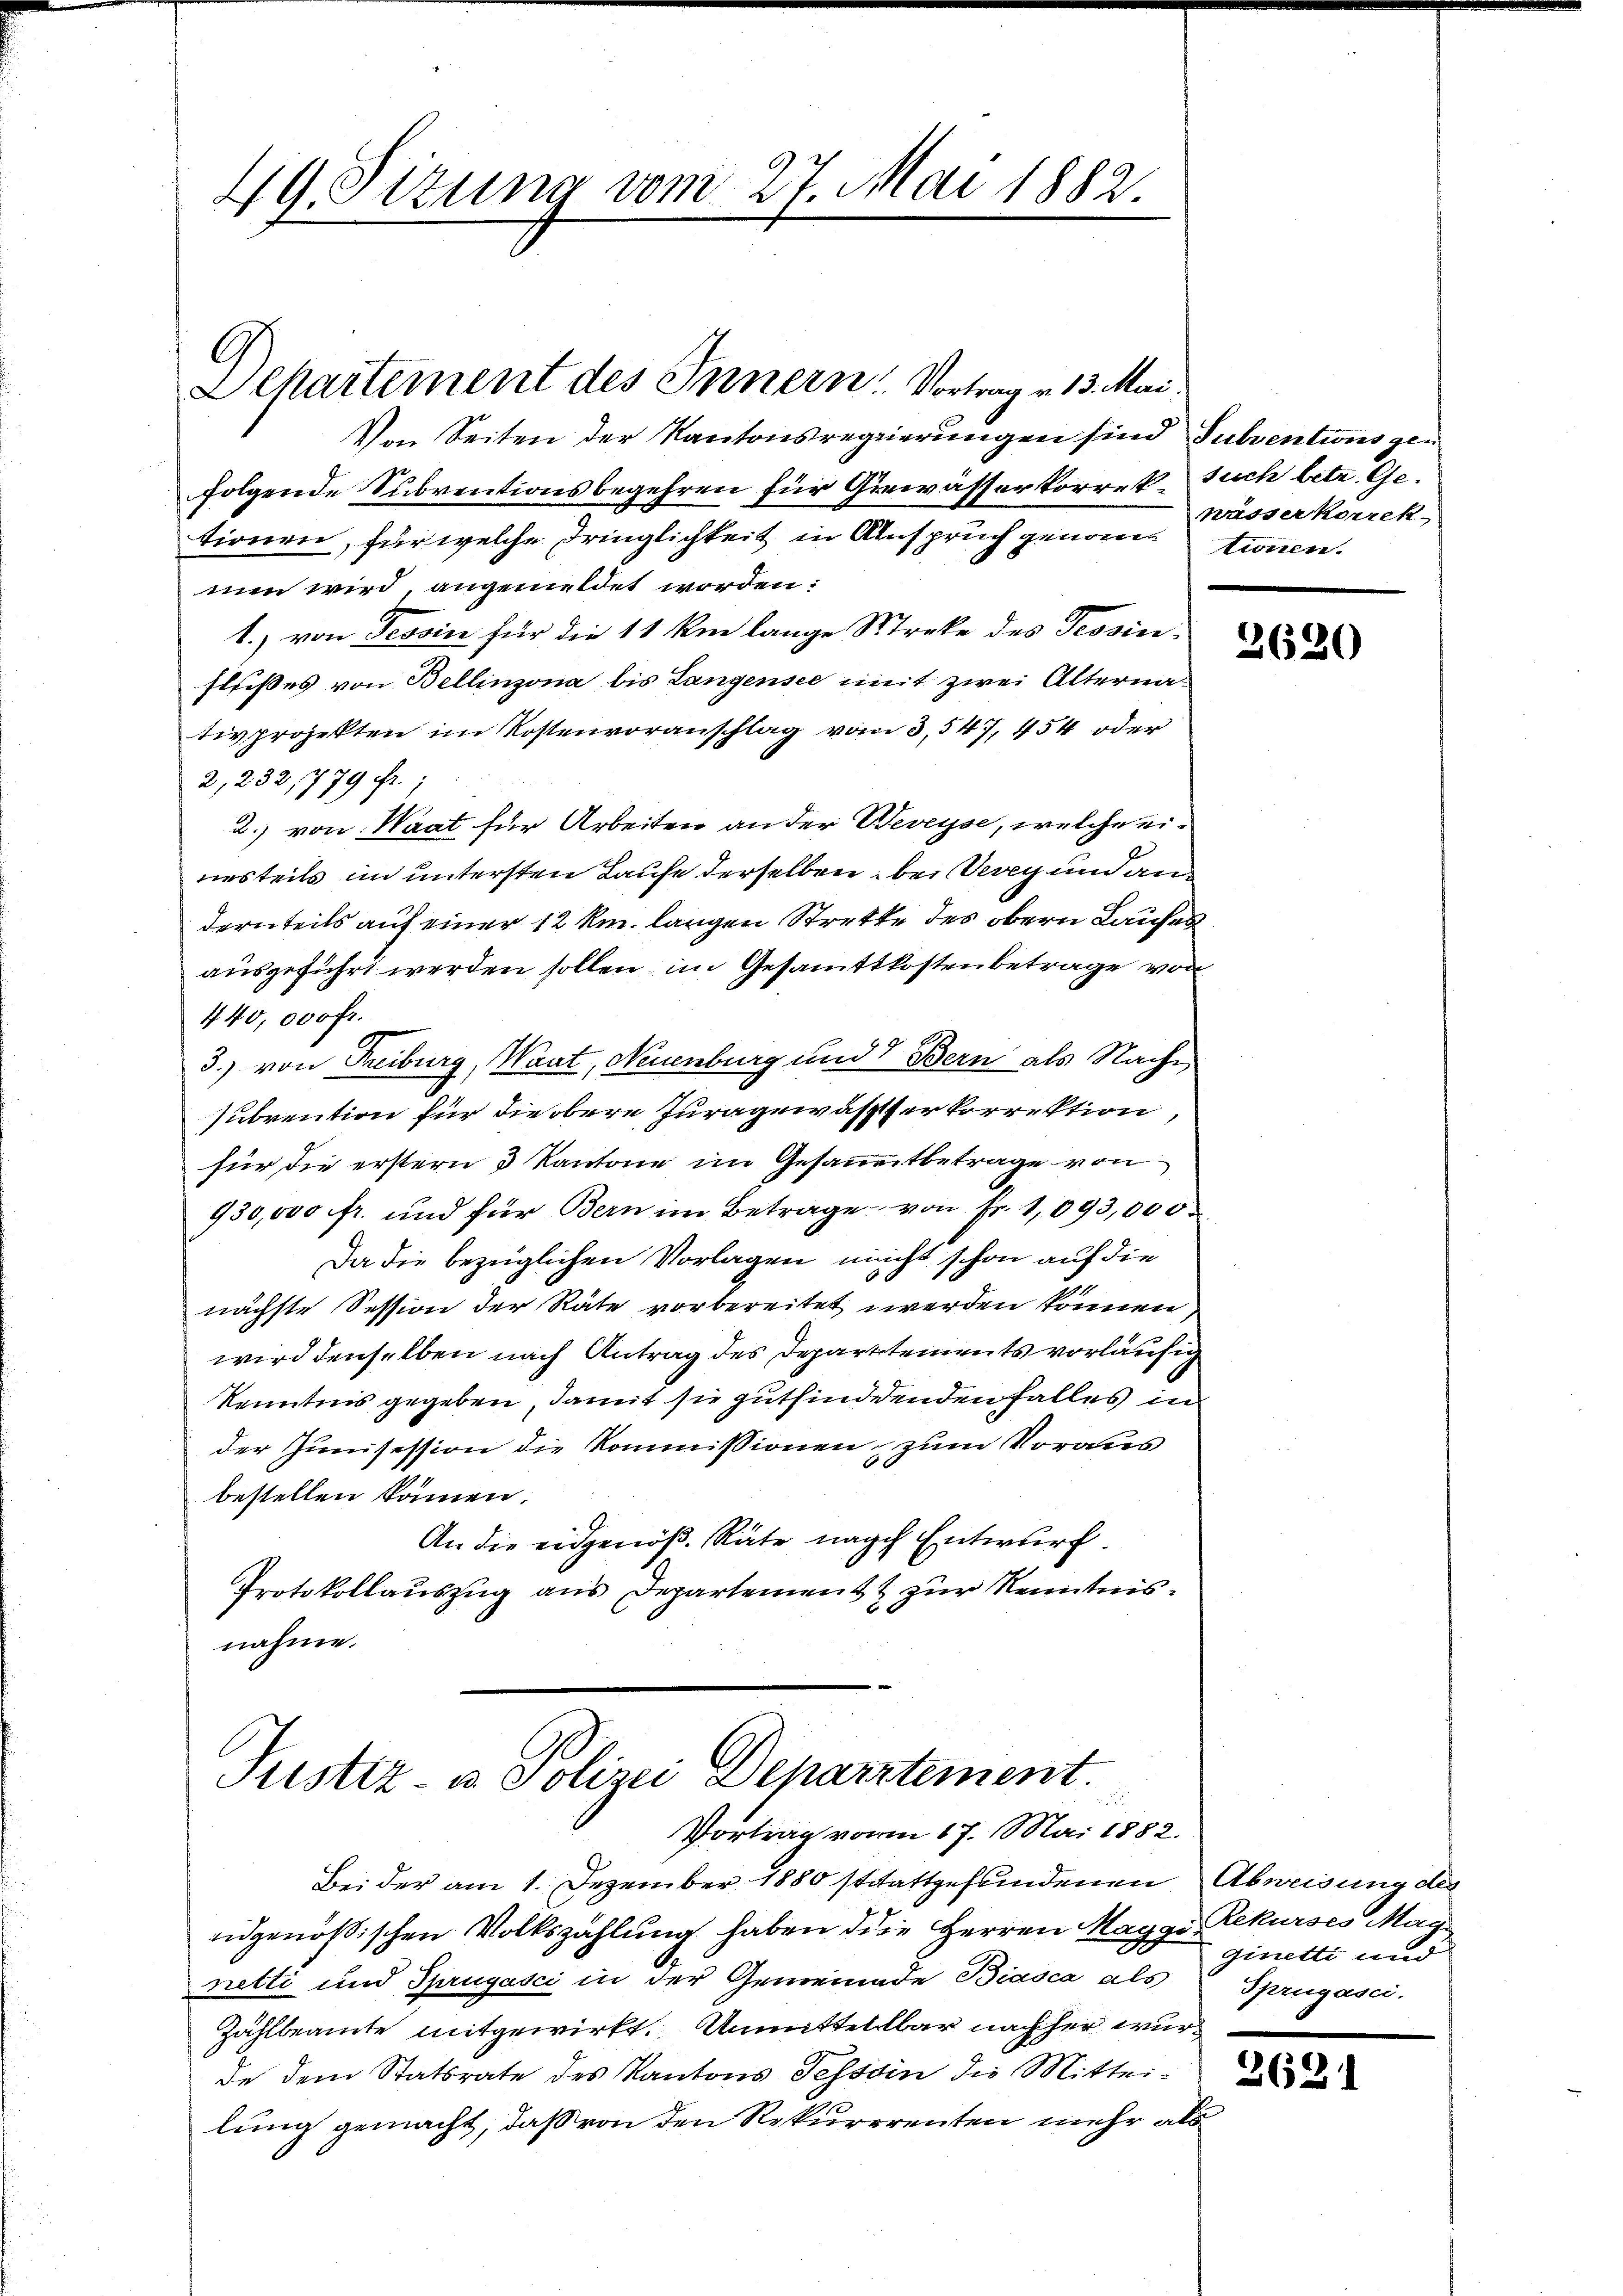
49. Sitzung vom 27. Mai 1882.

Von Seiten der Kantonsregierungen sind Subventions gefolgende Subventionsbegehren für Gewässerkorrek-Such betr. Getionen, für welche dringlichkeit in Anspruch genomme tionen.
men wird, angemeldet worden:
1.) von Tessin für die 11 km lange Streke des Tessinfließes von Bellinzona bis Langensee mit zwei Alternativprojekten im Kostenvoranschlag vom 3. 547, 454 oder
2,232,779 Fr.;
2.) von Waat für Arbeiten an der Beveyse, welche eiriesteils im untersten Laufe derselben bei Serg und an
dernteils auf einer 12 km. langen Strette des obern Laufes
ausgeführt werden sollen im Gesamttkostenbetrage von
440,000 fr.
3.) von Freiburg, Waat, Neuenburg und Bern als Nachsubrention für die obere Juragewässer korrektion
für die erstern 3 Kantone im Gesamtbetrage von
930,000 fr. und für Bern im Betrage von Fr. 1093,000
Da die bezüglichen Vorlagen nicht schon auf die
nächste Session der Räte vorbereitet werden können,
wird denselben nach Antrag des Departements vorläufig
Kenntnis gegeben, damit sie gutfindenden Falles in
der Junisession die Kommissionen, zum Voraus
bestellen können.
An die eidgenöß. Räte nach Entwurf.
Protokollauszug aus Departement zur Kenntnisnahme.

Departement des Innern Vortrag v. 13. Mai.

Justiz- u. Polizei Departement.
t
Vortrag vom 17. Mai 1882.

Bei der am 1. Dezember 1880 stattgefundenen Abweisung des
eidgenößischen Volkszählung haben die Herren Maggi Rekurses Magn
netti und Sprugasci in der Gemeinade Biasca als Sprügasci.
Zählbeamte mitgewirkt. Unmittellbar nachher wurde dem Statsrate des Kantons Tessin die Mitteilung gemacht, daß von den Rekurrrenten mehr als

wässerkorrek

2620

ginette und

2621